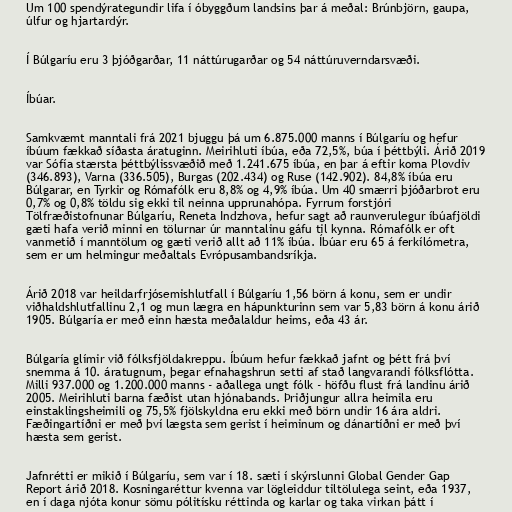
Um 100 spendýrategundir lifa í óbyggðum landsins þar á meðal: Brúnbjörn, gaupa,
úlfur og hjartardýr.

Í Búlgaríu eru 3 þjóðgarðar, 11 náttúrugarðar og 54 náttúruverndarsvæði.

Íbúar.

Samkvæmt manntali frá 2021 bjuggu þá um 6.875.000 manns í Búlgaríu og hefur
íbúum fækkað síðasta áratuginn. Meirihluti íbúa, eða 72,5%, búa í þéttbýli. Árið 2019
var Sófía stærsta þéttbýlissvæðið með 1.241.675 íbúa, en þar á eftir koma Plovdiv
(346.893), Varna (336.505), Burgas (202.434) og Ruse (142.902). 84,8% íbúa eru
Búlgarar, en Tyrkir og Rómafólk eru 8,8% og 4,9% íbúa. Um 40 smærri þjóðarbrot eru
0,7% og 0,8% töldu sig ekki til neinna upprunahópa. Fyrrum forstjóri
Tölfræðistofnunar Búlgaríu, Reneta Indzhova, hefur sagt að raunverulegur íbúafjöldi
gæti hafa verið minni en tölurnar úr manntalinu gáfu til kynna. Rómafólk er oft
vanmetið í manntölum og gæti verið allt að 11% íbúa. Íbúar eru 65 á ferkílómetra,
sem er um helmingur meðaltals Evrópusambandsríkja.

Árið 2018 var heildarfrjósemishlutfall í Búlgaríu 1,56 börn á konu, sem er undir
viðhaldshlutfallinu 2,1 og mun lægra en hápunkturinn sem var 5,83 börn á konu árið
1905. Búlgaría er með einn hæsta meðalaldur heims, eða 43 ár.

Búlgaría glímir við fólksfjöldakreppu. Íbúum hefur fækkað jafnt og þétt frá því
snemma á 10. áratugnum, þegar efnahagshrun setti af stað langvarandi fólksflótta.
Milli 937.000 og 1.200.000 manns - aðallega ungt fólk - höfðu flust frá landinu árið
2005. Meirihluti barna fæðist utan hjónabands. Þriðjungur allra heimila eru
einstaklingsheimili og 75,5% fjölskyldna eru ekki með börn undir 16 ára aldri.
Fæðingartíðni er með því lægsta sem gerist í heiminum og dánartíðni er með því
hæsta sem gerist.

Jafnrétti er mikið í Búlgaríu, sem var í 18. sæti í skýrslunni Global Gender Gap
Report árið 2018. Kosningaréttur kvenna var lögleiddur tiltölulega seint, eða 1937,
en í daga njóta konur sömu pólitísku réttinda og karlar og taka virkan þátt í